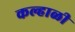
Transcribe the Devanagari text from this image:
कल्हाळी